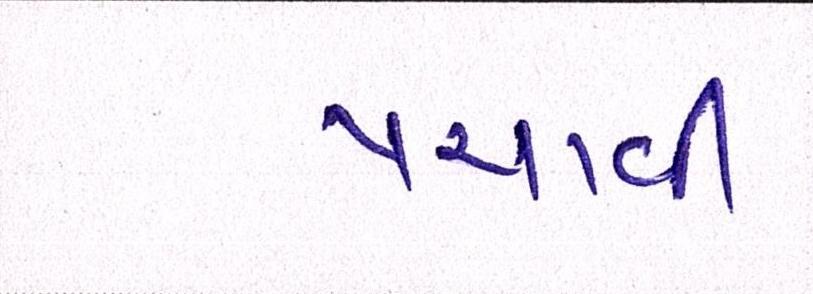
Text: પચાવી